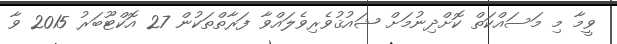
ވީމާ މި މަސައްކަތް ކޮށްދިނުމަށް ޝައުޤުވެރިވެލައްވާ ފަރާތްތަކުން 27 އޮކްޓޫބަރު 2015 ވާ